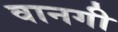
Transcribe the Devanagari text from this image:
वानगी